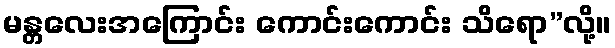
မန္တလေးအကြောင်း ကောင်းကောင်း သိရော”လို့။